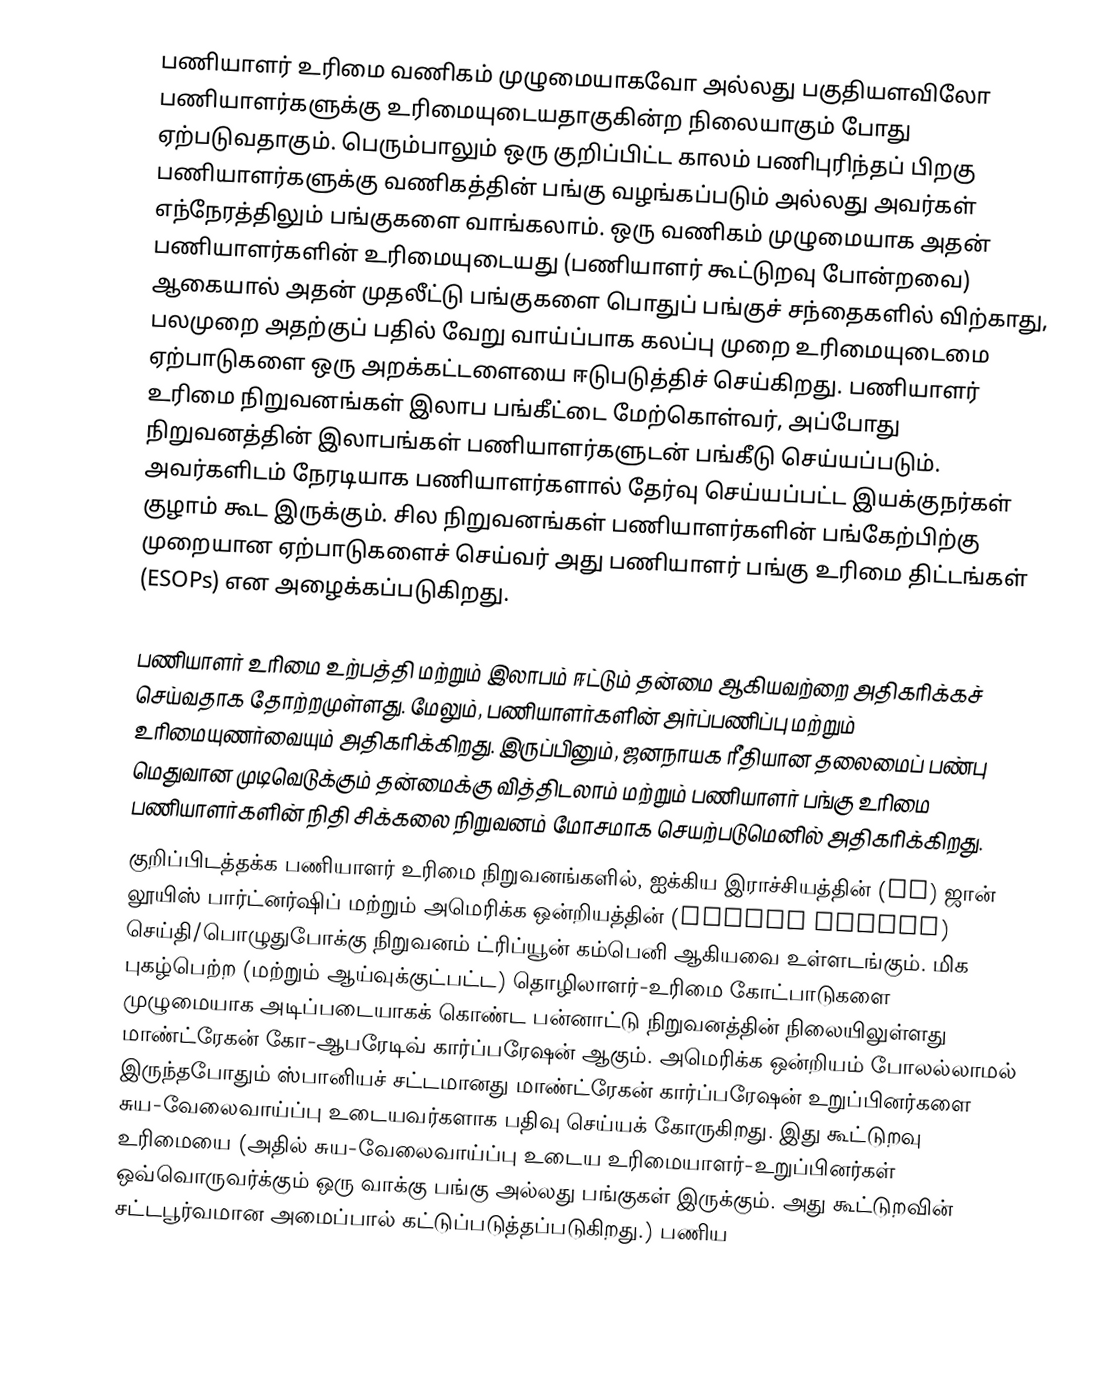
பணியாளர் உரிமை வணிகம் முழுமையாகவோ அல்லது பகுதியளவிலோ பணியாளர்களுக்கு உரிமையுடையதாகுகின்ற நிலையாகும் போது ஏற்படுவதாகும். பெரும்பாலும் ஒரு குறிப்பிட்ட காலம் பணிபுரிந்தப் பிறகு பணியாளர்களுக்கு வணிகத்தின் பங்கு வழங்கப்படும் அல்லது அவர்கள் எந்நேரத்திலும் பங்குகளை வாங்கலாம். ஒரு வணிகம் முழுமையாக அதன் பணியாளர்களின் உரிமையுடையது (பணியாளர் கூட்டுறவு போன்றவை) ஆகையால் அதன் முதலீட்டு பங்குகளை பொதுப் பங்குச் சந்தைகளில் விற்காது, பலமுறை அதற்குப் பதில் வேறு வாய்ப்பாக கலப்பு முறை உரிமையுடைமை ஏற்பாடுகளை ஒரு அறக்கட்டளையை ஈடுபடுத்திச் செய்கிறது. பணியாளர் உரிமை நிறுவனங்கள் இலாப பங்கீட்டை மேற்கொள்வர், அப்போது நிறுவனத்தின் இலாபங்கள் பணியாளர்களுடன் பங்கீடு செய்யப்படும். அவர்களிடம் நேரடியாக பணியாளர்களால் தேர்வு செய்யப்பட்ட இயக்குநர்கள் குழாம் கூட இருக்கும். சில நிறுவனங்கள் பணியாளர்களின் பங்கேற்பிற்கு முறையான ஏற்பாடுகளைச் செய்வர் அது பணியாளர் பங்கு உரிமை திட்டங்கள் (ESOPs) என அழைக்கப்படுகிறது.

பணியாளர் உரிமை உற்பத்தி மற்றும் இலாபம் ஈட்டும் தன்மை ஆகியவற்றை அதிகரிக்கச் செய்வதாக தோற்றமுள்ளது. மேலும், பணியாளர்களின் அர்ப்பணிப்பு மற்றும் உரிமையுணர்வையும் அதிகரிக்கிறது. இருப்பினும், ஜனநாயக ரீதியான தலைமைப் பண்பு மெதுவான முடிவெடுக்கும் தன்மைக்கு வித்திடலாம் மற்றும் பணியாளர் பங்கு உரிமை பணியாளர்களின் நிதி சிக்கலை நிறுவனம் மோசமாக செயற்படுமெனில் அதிகரிக்கிறது.
குறிப்பிடத்தக்க பணியாளர் உரிமை நிறுவனங்களில், ஐக்கிய இராச்சியத்தின் (UK) ஜான் லூயிஸ் பார்ட்னர்ஷிப் மற்றும் அமெரிக்க ஒன்றியத்தின் (United States) செய்தி/பொழுதுபோக்கு நிறுவனம் ட்ரிப்யூன் கம்பெனி ஆகியவை உள்ளடங்கும். மிக புகழ்பெற்ற (மற்றும் ஆய்வுக்குட்பட்ட) தொழிலாளர்-உரிமை கோட்பாடுகளை முழுமையாக அடிப்படையாகக் கொண்ட பன்னாட்டு நிறுவனத்தின் நிலையிலுள்ளது மாண்ட்ரேகன் கோ-ஆபரேடிவ் கார்ப்பரேஷன் ஆகும். அமெரிக்க ஒன்றியம் போலல்லாமல் இருந்தபோதும் ஸ்பானியச் சட்டமானது மாண்ட்ரேகன் கார்ப்பரேஷன் உறுப்பினர்களை சுய-வேலைவாய்ப்பு உடையவர்களாக பதிவு செய்யக் கோருகிறது. இது கூட்டுறவு உரிமையை (அதில் சுய-வேலைவாய்ப்பு உடைய உரிமையாளர்-உறுப்பினர்கள் ஒவ்வொருவர்க்கும் ஒரு வாக்கு பங்கு அல்லது பங்குகள் இருக்கும். அது கூட்டுறவின் சட்டபூர்வமான அமைப்பால் கட்டுப்படுத்தப்படுகிறது.) பணிய